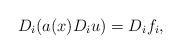
LaTeX: \begin{align*}D_i(a(x)D_i u)=D_if_i,\end{align*}